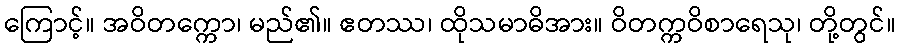
ကြောင့်။ အဝိတက္ကော၊ မည်၏။ ဧတဿ၊ ထိုသမာဓိအား။ ဝိတက္ကဝိစာရေသု၊ တို့တွင်။